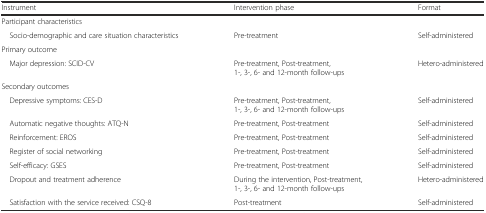
| Instrument | Intervention phase | Format |
 | --- | --- | --- |
 | <COLSPAN=3> Participant characteristics |
 | Socio-demographic and care situation characteristics | Pre-treatment | Self-administered |
 | <COLSPAN=3> Primary outcome |
 | Major depression: SCID-CV | Pre-treatment, Post-treatment, 1-, 3-, 6- and 12-month follow-ups | Hetero-administered |
 | <COLSPAN=3> Secondary outcomes |
 | Depressive symptoms: CES-D | Pre-treatment, Post-treatment, 1-, 3-, 6- and 12-month follow-ups | Self-administered |
 | Automatic negative thoughts: ATQ-N | Pre-treatment, Post-treatment | Self-administered |
 | Reinforcement: EROS | Pre-treatment, Post-treatment | Self-administered |
 | Register of social networking | Pre-treatment, Post-treatment | Self-administered |
 | Self-efficacy: GSES | Pre-treatment, Post-treatment | Self-administered |
 | Dropout and treatment adherence | During the intervention, Post-treatment, 1-, 3-, 6- and 12-month follow-ups | Hetero-administered |
 | Satisfaction with the service received: CSQ-8 | Post-treatment | Self-administered |